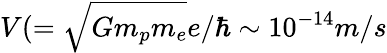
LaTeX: V(=\sqrt{Gm_{p}m_{e}}e/\hbar\sim 10^{-14}m/s